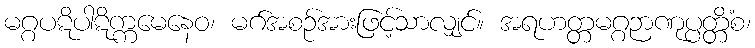
မဂ္ဂပဋိပါဋိက္ကမေနေဝ၊ မဂ်အစဉ်အားဖြင့်သာလျှင်။ အရဟတ္တမဂ္ဂဉာဏုပ္ပတ္တိံစ၊